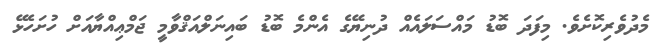
މެދުވެރިކޮށެވެ. މިފަދަ ބޮޑު މައްސަލައެއް ދުނިޔޭގެ އެންމެ ބޮޑު ބައިނަލްއަޤްވާމީ ޖަމްޢިއްޔާއަށް ހުށަހެޅޭ